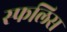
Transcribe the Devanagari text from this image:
स्फलिस